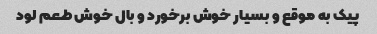
پیک به موقع و بسیار خوش برخورد و بال خوش طعم لود